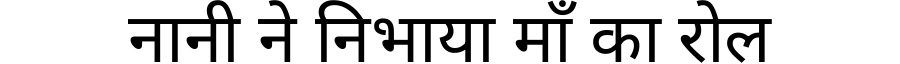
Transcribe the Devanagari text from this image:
नानी ने निभाया माँ का रोल